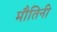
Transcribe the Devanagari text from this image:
मौतिनी